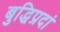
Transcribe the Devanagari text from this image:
बुद्धिप्रदां